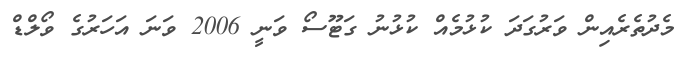
މެދުތެރެއިން ވަރުގަދަ ކުޅުމެއް ކުޅުނު ގަޓޫސޯ ވަނީ 2006 ވަނަ އަހަރުގެ ވޯލްޑް